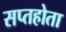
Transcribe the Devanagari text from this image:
सप्तहोता